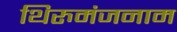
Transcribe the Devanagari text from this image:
थिरुमंजनाम